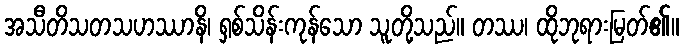
အသီတိသတသဟဿာနိ၊ ရှစ်သိန်းကုန်သော သူတို့သည်။ တဿ၊ ထိုဘုရားမြတ်၏။